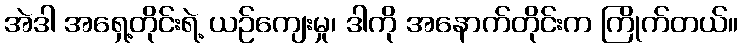
အဲဒါ အရှေ့တိုင်းရဲ့ ယဉ်ကျေးမှု၊ ဒါကို အနောက်တိုင်းက ကြိုက်တယ်။